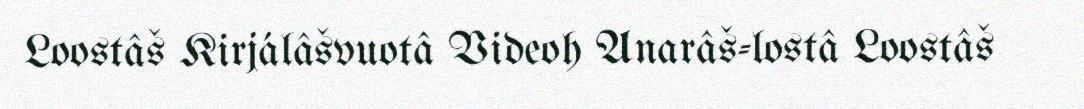
Loostâš Kirjálâšvuotâ Videoh Anarâš-lostâ Loostâš